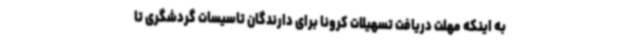
به اینکه مهلت دریافت تسهیلات کرونا برای دارندگان تاسیسات گردشگری تا